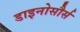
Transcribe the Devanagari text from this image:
डाइनोसौर्स